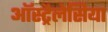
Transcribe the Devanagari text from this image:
ऑस्ट्रैलेसिया